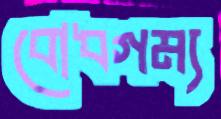
বোধগম্য